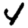
Digit: 4